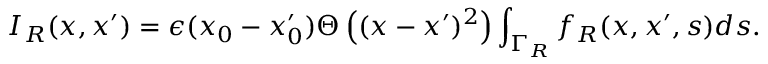
I _ { R } ( x , x ^ { \prime } ) = \epsilon ( x _ { 0 } - x _ { 0 } ^ { \prime } ) \Theta \left( ( x - x ^ { \prime } ) ^ { 2 } \right) \int _ { \Gamma _ { R } } f _ { R } ( x , x ^ { \prime } , s ) d s .